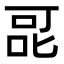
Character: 𭇷